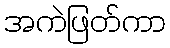
အကဲဖြတ်ကာ